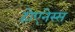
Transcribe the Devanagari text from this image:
होएनेस्स्